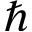
\hbar